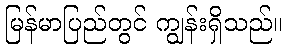
မြန်မာပြည်တွင် ကျွန်းရှိသည်။